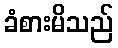
ခံစားမိသည်